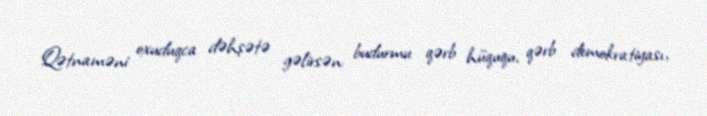
Qətnaməni oxuduqca dəhşətə gəlirsən: budurmu qərb hüququ, qərb demokratiyası,